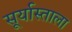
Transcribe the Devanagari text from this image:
सूर्यास्ताला